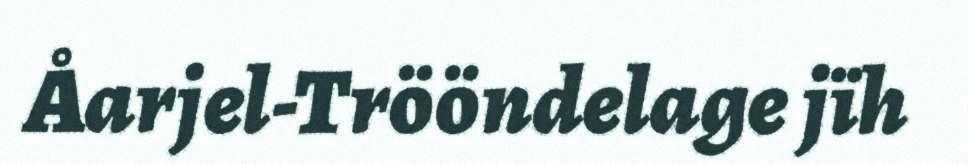
Åarjel-Trööndelage jïh